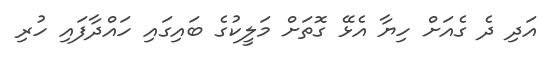
އަދި ދެ ގެއަށް ހިޔާ އެޅޭ ގޮތަށް މަލީކުގެ ބައިގައި ހައްދާފައި ހުރި